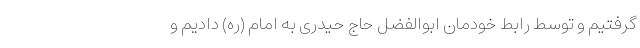
گرفتیم و توسط رابط خودمان ابوالفضل حاج حیدری به امام (ره) دادیم و